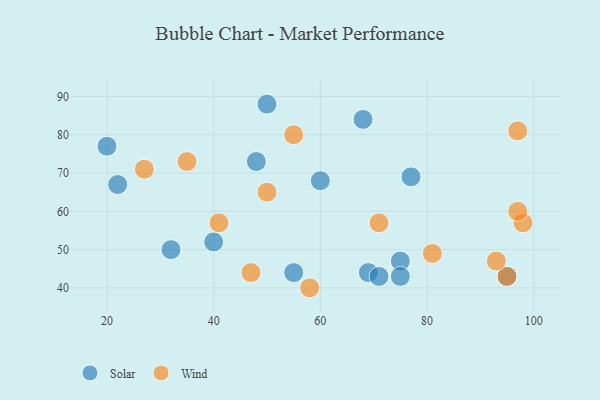
{"axis": {"x": "GDP", "y": "Life Expectancy"}, "legend": ["Solar", "Wind"], "data": [{"x": "40", "y": 52, "type": "Solar"}, {"x": "48", "y": 73, "type": "Solar"}, {"x": "55", "y": 44, "type": "Solar"}, {"x": "60", "y": 68, "type": "Solar"}, {"x": "20", "y": 77, "type": "Solar"}, {"x": "68", "y": 84, "type": "Solar"}, {"x": "75", "y": 47, "type": "Solar"}, {"x": "69", "y": 44, "type": "Solar"}, {"x": "77", "y": 69, "type": "Solar"}, {"x": "71", "y": 43, "type": "Solar"}, {"x": "50", "y": 88, "type": "Solar"}, {"x": "75", "y": 43, "type": "Solar"}, {"x": "22", "y": 67, "type": "Solar"}, {"x": "95", "y": 43, "type": "Solar"}, {"x": "32", "y": 50, "type": "Solar"}, {"x": "27", "y": 71, "type": "Wind"}, {"x": "81", "y": 49, "type": "Wind"}, {"x": "35", "y": 73, "type": "Wind"}, {"x": "58", "y": 40, "type": "Wind"}, {"x": "50", "y": 65, "type": "Wind"}, {"x": "95", "y": 43, "type": "Wind"}, {"x": "97", "y": 81, "type": "Wind"}, {"x": "93", "y": 47, "type": "Wind"}, {"x": "98", "y": 57, "type": "Wind"}, {"x": "97", "y": 60, "type": "Wind"}, {"x": "55", "y": 80, "type": "Wind"}, {"x": "47", "y": 44, "type": "Wind"}, {"x": "41", "y": 57, "type": "Wind"}, {"x": "71", "y": 57, "type": "Wind"}]}